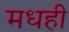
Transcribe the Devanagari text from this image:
मधही